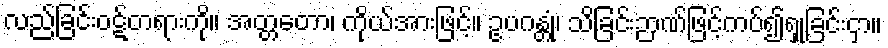
လည်ခြင်းဝဋ်တရားကို။ အတ္တတော၊ ကိုယ်အားဖြင့်။ ဥပဂန္တုံ၊ သိခြင်းဉာဏ်ဖြင့်ကပ်၍ရှုခြင်းငှာ။